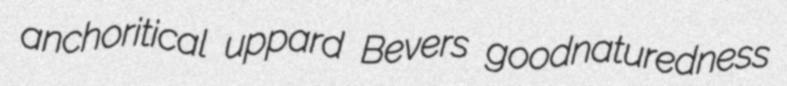
anchoritical uppard Bevers goodnaturedness